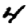
Digit: 4